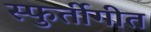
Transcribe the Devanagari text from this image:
स्फुर्तीगीत